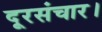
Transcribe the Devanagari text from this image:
दूरसंचार।